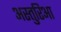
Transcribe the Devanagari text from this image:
अस्तुरिआ